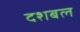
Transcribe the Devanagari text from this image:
दशबल